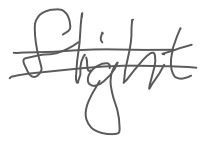
Text: flight
Cross-out: double-line
Writing tool: digital_gray